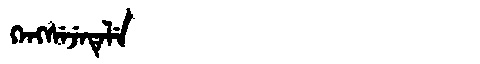
Manchu: ᡴᡝᠩᠰᡝᠵᡝᡨᡝᠯᡝ
Romanization: KENGSEJETELE